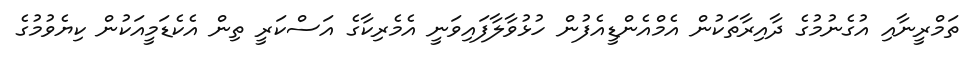
ތަމްރީނާއި އުގެނުމުގެ ދާއިރާތަކުން އެމްއެންޑީއެފުން ހުޅުވާލާފައިވަނީ އެމެރިކާގެ އަސްކަރީ ތިން އެކެޑަމީއަކުން ކިޔެވުމުގެ